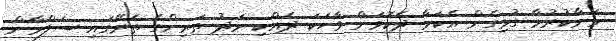
މަނާކުރުމާ ގުޅިގެން އެކަމާ ދެކޮޅަށް ވާހަކަ ދެއްކި މަދު ތަރިންގެ ތެރޭގައި ސަލްމާން